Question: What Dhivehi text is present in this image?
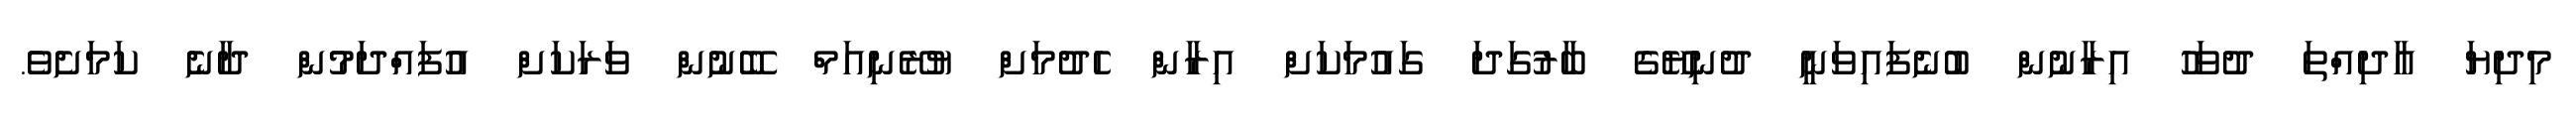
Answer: މިދިޔަ އާދިއްތަ ދުވަހު އިރާނުން ބުނެފައިވަނީ ދުނިޔޭގެ ބާރުގަދަ ގައުމަކަށް އިރާން ހެދުމަށް ޔުރޭނިއަމް ބޭނުން ވަރަކަށް އުފައްދަމުން ދާނެ ކަމަށެވެ.